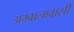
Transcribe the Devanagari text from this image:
अम्बालावासी